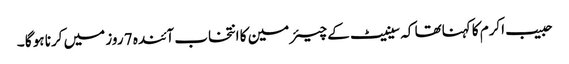
حبیب اکرم کا کہناتھا کہ سینیٹ کے چیئر مین کا انتخاب آئندہ 7 روز میں کرنا ہو گا ۔